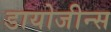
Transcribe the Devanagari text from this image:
डायोजीन्स